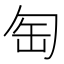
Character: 匋